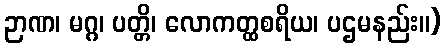
ဉာဏ၊ မဂ္ဂ၊ ပတ္တိ၊ လောကတ္ထစရိယ၊ ပဌမနည်း။)